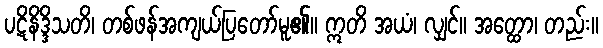
ပဋိနိဒ္ဒိသတိ၊ တစ်ဖန်အကျယ်ပြတော်မူ၏။ ဣတိ အယံ၊ လျှင်။ အတ္ထော၊ တည်း။